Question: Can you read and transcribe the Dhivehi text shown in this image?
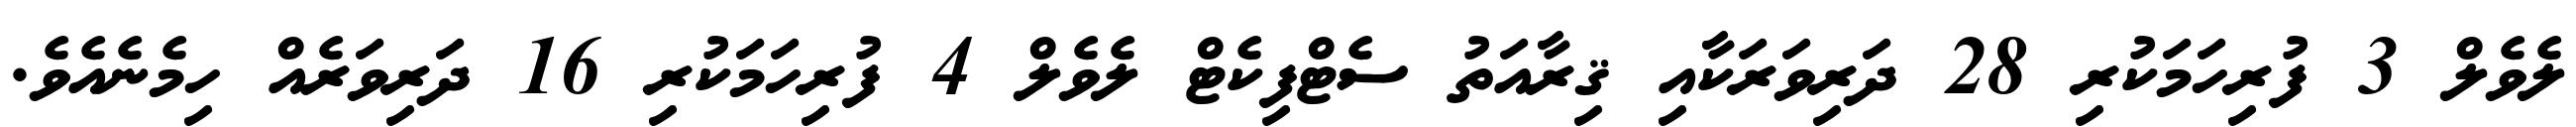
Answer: ލެވެލް 3 ފުރިހަމަކުރި 28 ދަރިވަރަކާއި ޤިރާއަތު ސެޓްފިކެޓް ލެވެލް 4 ފުރިހަމަކުރި 16 ދަރިވަރެއް ހިމެނެއެވެ.